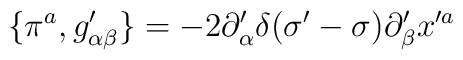
\{\pi^a,g^{\prime}_{\alpha\beta}\}=-2\partial^{\prime}_\alpha\delta(\sigma^{\prime}-\sigma)\partial^{\prime}_\beta x^{\prime a}